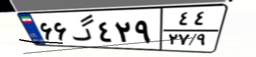
۷۱گ۲۵۱۳۸